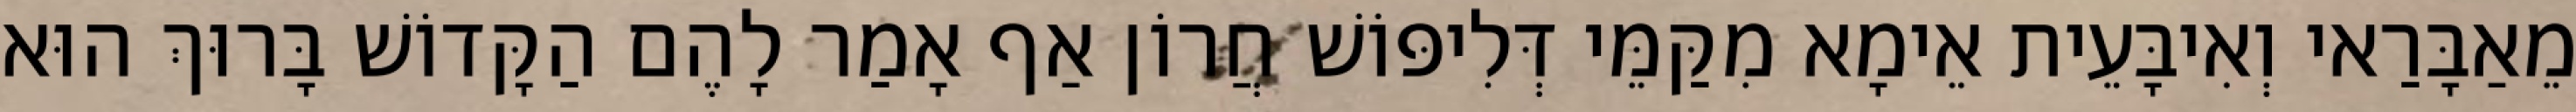
מֵאַבָּרַאי וְאִיבָּעֵית אֵימָא מִקַּמֵּי דְּלִיפּוֹשׁ חֲרוֹן אַף אָמַר לָהֶם הַקָּדוֹשׁ בָּרוּךְ הוּא